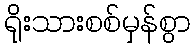
ရိုးသားစစ်မှန်စွာ